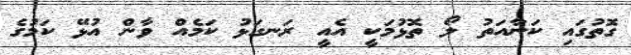
ގޮތުގައި ކަނާއަތު ލޯ ތޮޅުމަކީ އެއީ ރަނގަޅު ކަމެއް ވާން އުޅޭ ކަމުގެ